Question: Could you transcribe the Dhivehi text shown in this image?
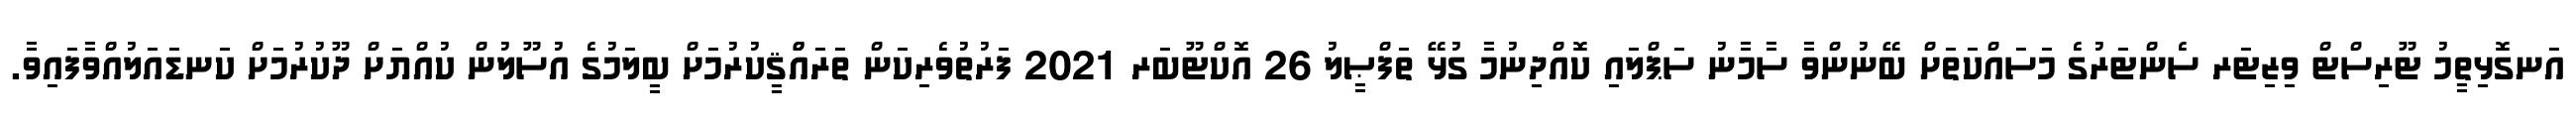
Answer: އަނގޮޅިތީމު ޓޫރިސްޓް ވިޒިޓަރ ސެންޓަރުގެ މަސައްކަތަށް ބޭނުންވާ ސާމާނު ސަޕްލައި ކޮއްދިނުމާ ގުޅޭ ތަފްޞީލު 26 އޮކްޓޫބަރ 2021 ފަރުތުވެރިކަން ތަރައްްޤީކުރުމަށް ބީލަމުގެ އުސޫލުން ކުއްޔަށް ދޫކުރުމަށް ކަނޑައަލުއްވާފައިވާ.